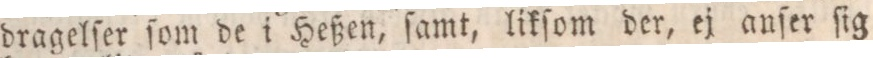
dragelſer ſom de i Heßen, ſamt, likſom der, ej anſer ſig